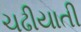
ચઢીયાતી